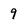
Character: 9